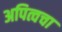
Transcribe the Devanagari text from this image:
अपित्वचा